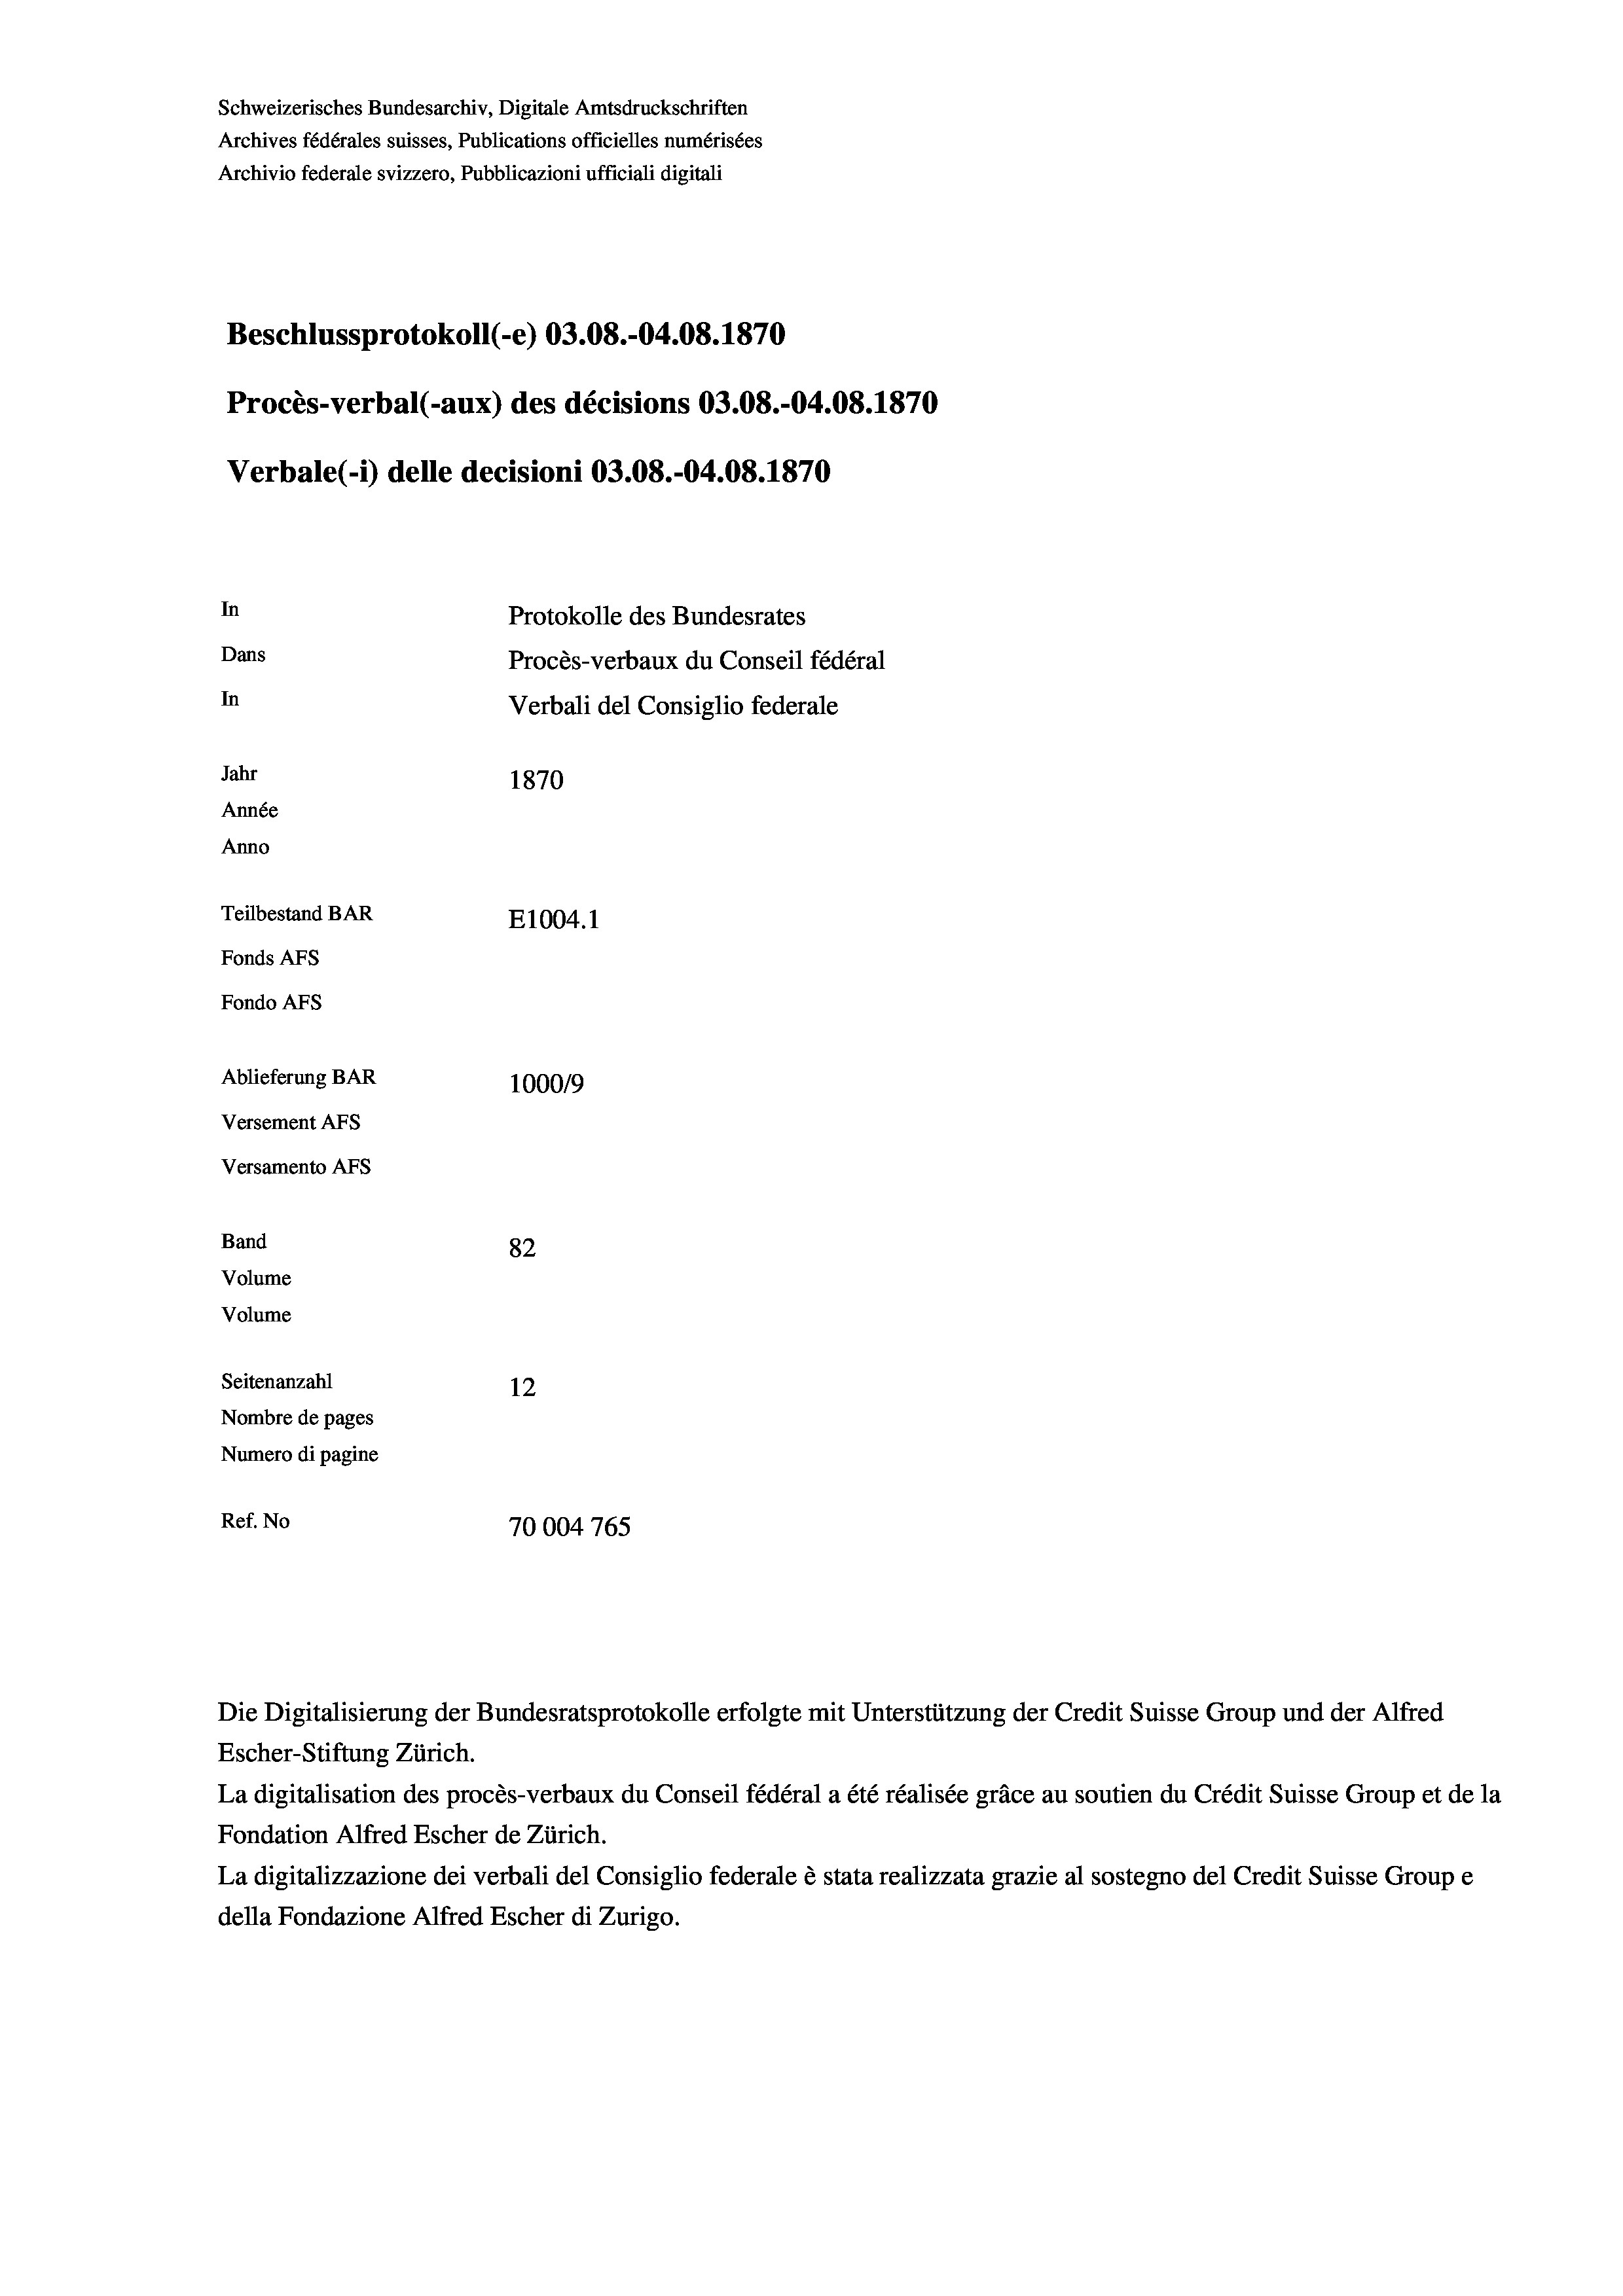
Schweizerisches Bundesarchiv, Digitale Amtsdruckschriften
Archives fédérales suisses, Publications officielles numérisées
Archivio federale svizzero, Pubblicazioni ufficiali digitali
Beschlussprotokoll (-e) 03.08.-04.08. 1870
Procès-verbal (-aux) des décisions 03.08.-04.08. 1870
Verbale(-*) delle decisioni 03.08.-04.08. 1870
In
Protokolle des Bundesrates
Dans
Procès-verbaux du Conseil fédéral
In
Verbali del Consiglio federale
Jahr
1870
Année
Anno
Teilbestand BAR
E1004. 1
Fonds AFs
Fondo AFS
Ablieferung BAR
100019
Versement AFs
Versamento AFs

82
Seitenanzahl
12
Nombre de pages
Numero di pagine
Ref. No
70004 765

Band
Volume

Volume

Escher-Stiftung Zürich.
La digitalisation des procès-verbaux du Conseil fédéral a été réalisée gräce au soutien du Crédit Suisse Group et de la
Fondation Alfred Escher de Zürich.
La digitalizzazione dei verbali del Consiglio federale è stata realizzata grazie al sostegno del Credit Suisse Groupe
della Fondazione Alfred Escher di Zurigo.

Die Digitalisierung der Bundesratsprotokolle erfolgte mit Unterstützung der Credit Suisse Group und der Alfred